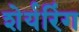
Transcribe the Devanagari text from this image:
शेर्यरिंग